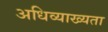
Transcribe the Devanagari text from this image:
अधिव्याख्यता